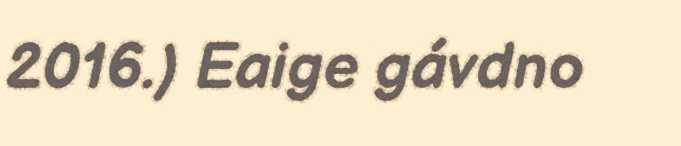
2016.) Eaige gávdno